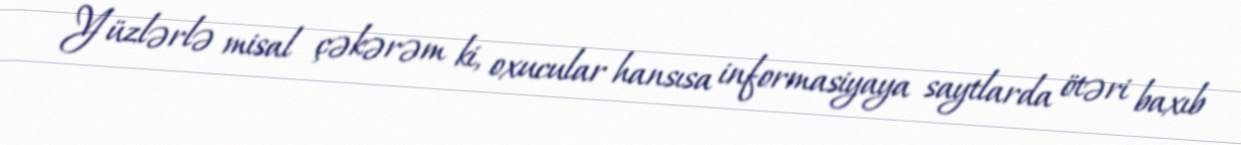
Yüzlərlə misal çəkərəm ki, oxucular hansısa informasiyaya saytlarda ötəri baxıb